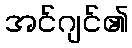
အင်ဂျင်၏